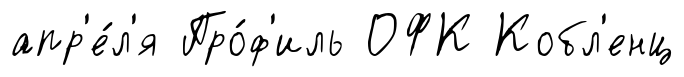
апр'е́л'я Про́ф'иль ОФК Кобл'енц